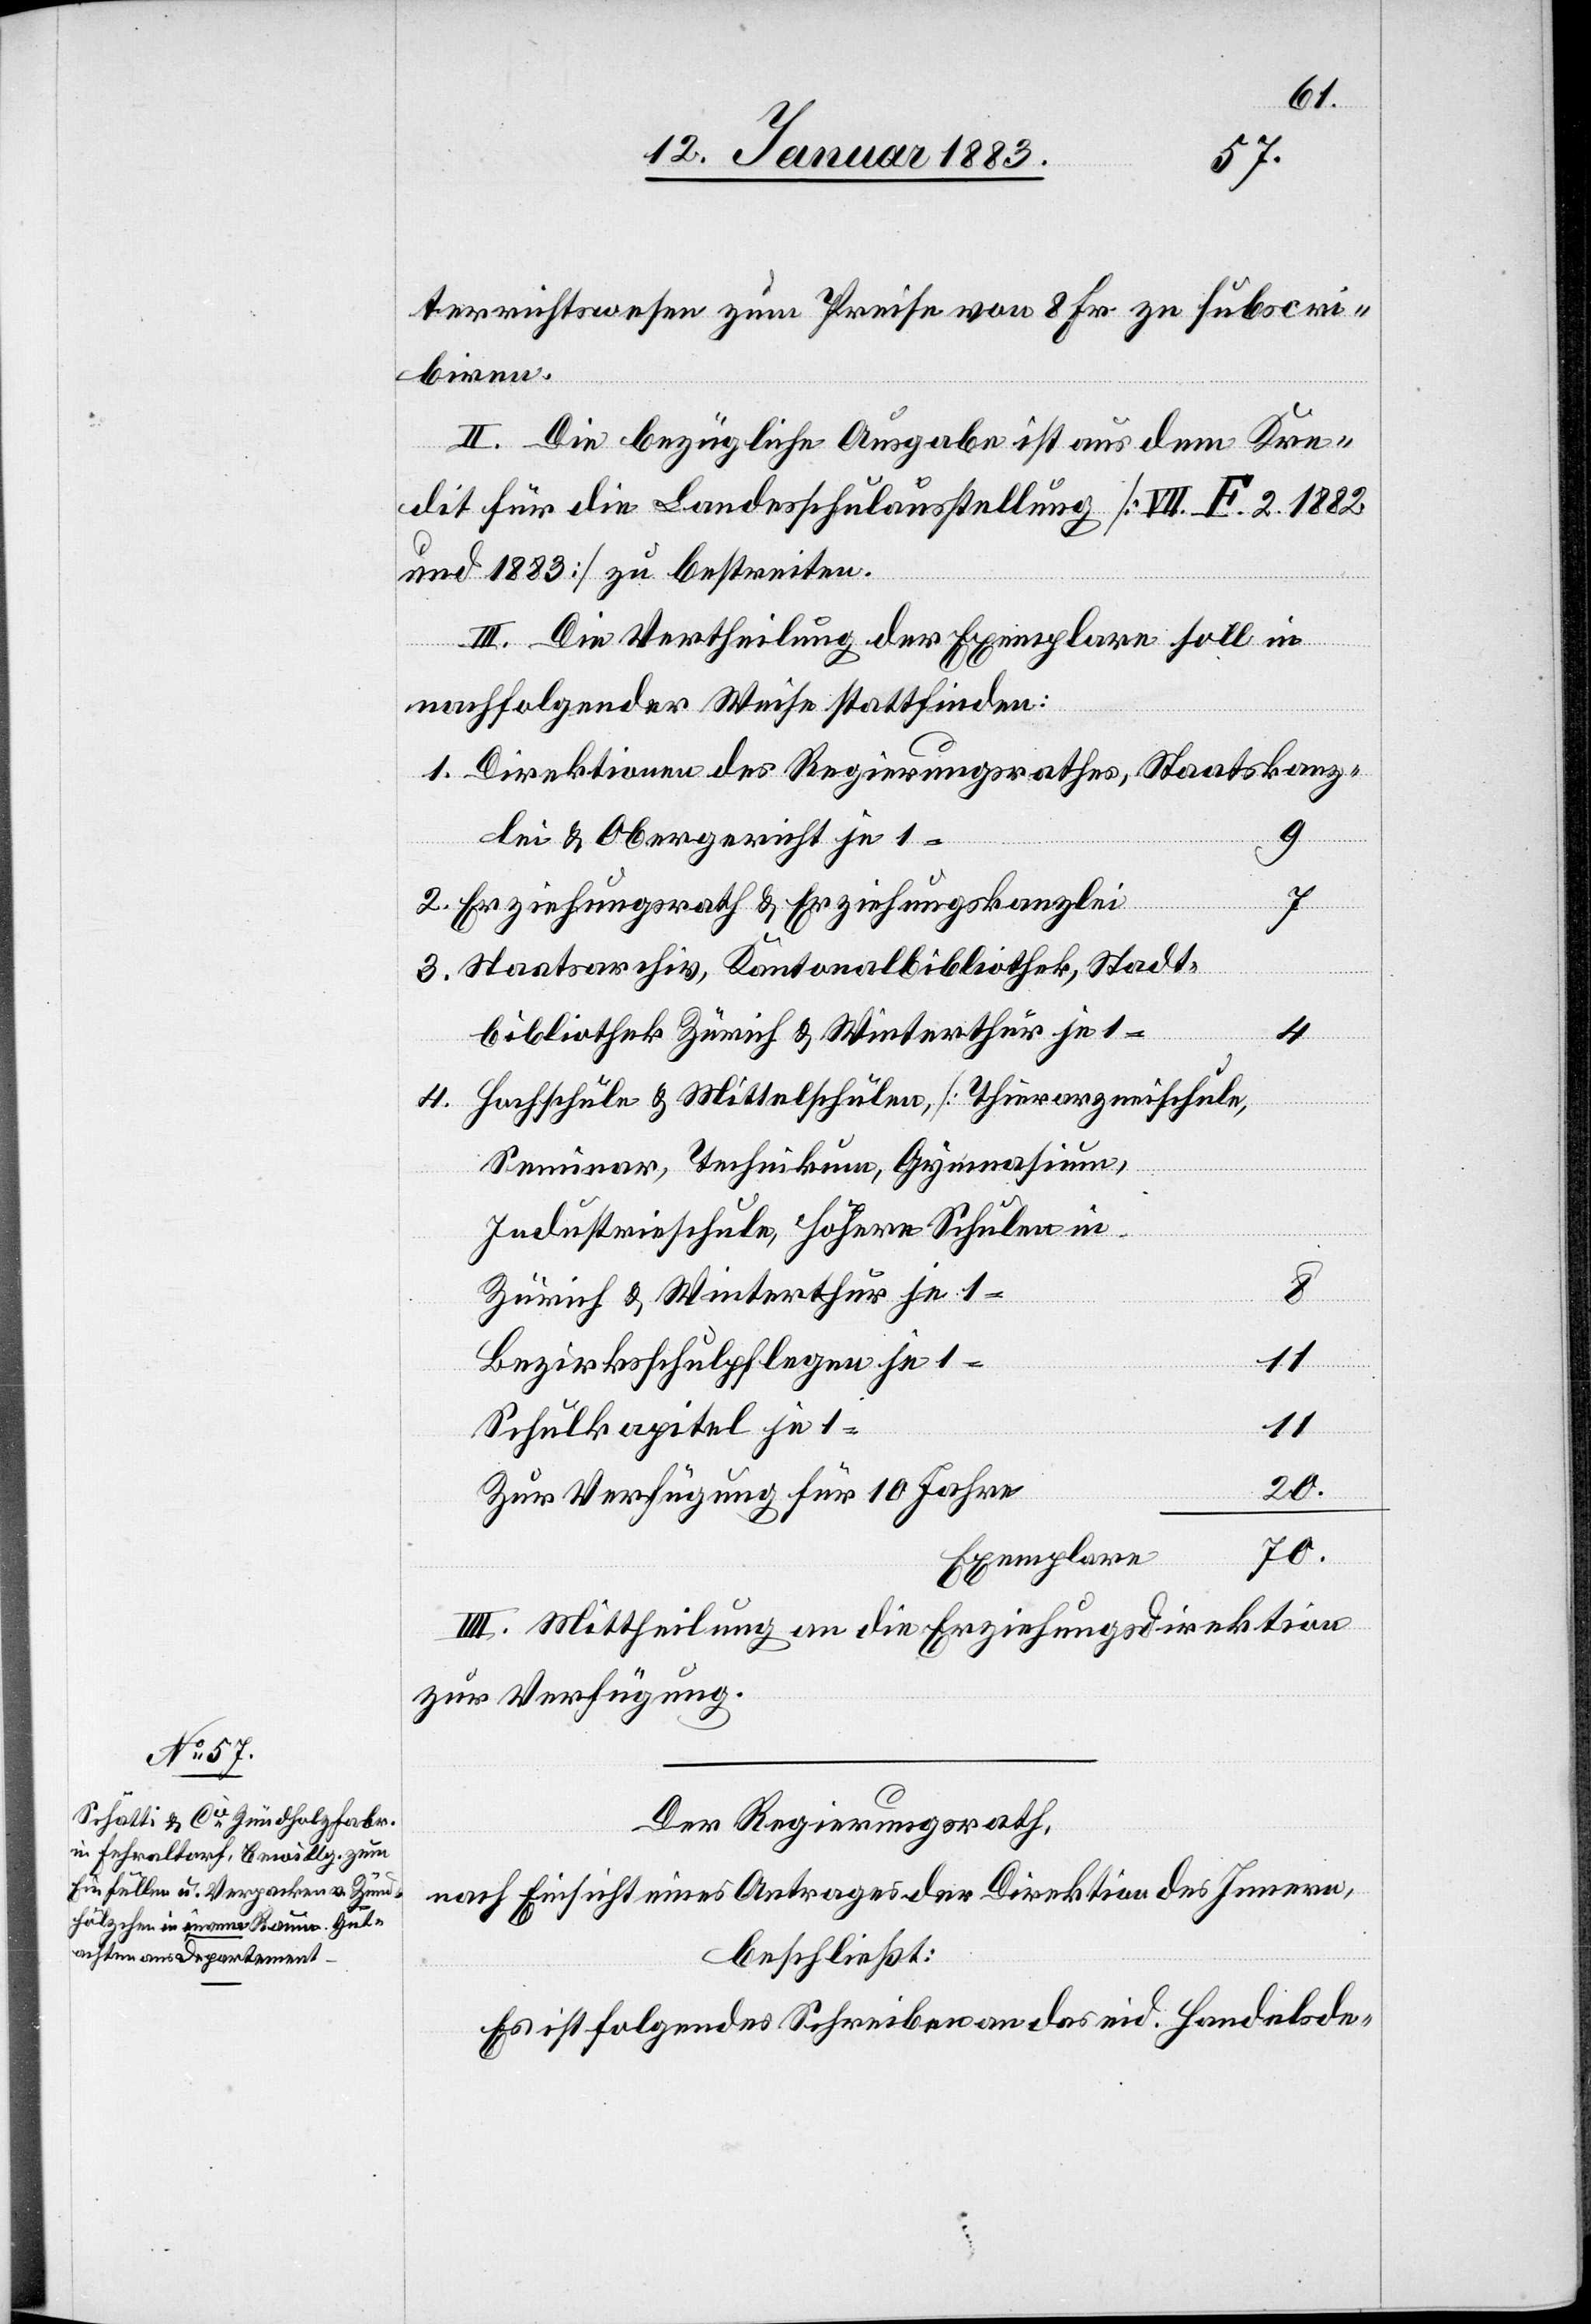
terrichtswesen zum Preise von 8 Fr. zu subscri¬
biren.
II. Die bezügliche Ausgabe ist aus dem Kre¬
dit für die Landesschulausstellung [VII. F. 2. 1882
und 1883] zu bestreiten.
III. Die Vertheilung der Exemplare soll in
nachfolgender Weise stattfinden:
1. Direktionen des Regierungsrathes, Staatskanz¬
lei & Obergericht je 1
9
2. Erziehungsrath & Erziehungskanzlei
3. Staatsarchiv, Kantonalbibliothek, Stadt¬
bibliothek Zürich & Winterthur je 1
4
4. Hochschule & Mittelschulen, [Thierarzneischule,
Seminar, Technikum, Gymnasium,
Industrieschule, Höhere Schulen in
Zürich & Winterthur je 1
Bezirksschulpflegen je 1
Schulkapitel je 1
11
20
Zur Verfügung für 10 Jahre
70
Exemplare
IIII. Mittheilung an die Erziehungsdirektion
zur Verfügung.
Der Regierungsrath,
nach Einsicht eines Antrages der Direktion des Innern,
beschließt:
Es ist folgendes Schreiben an das eid. Handelsde-